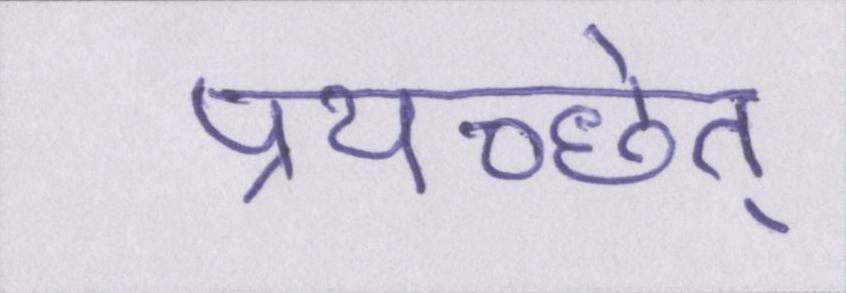
प्रयच्छेत्